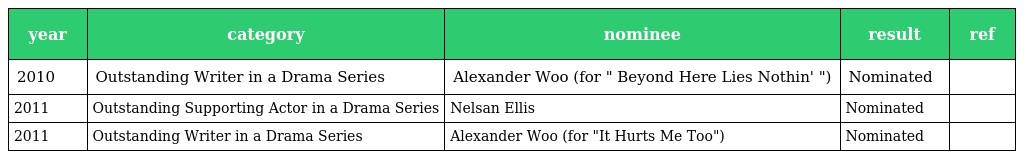
| year | category | nominee | result | ref |
 | --- | --- | --- | --- | --- |
 | 2010 | Outstanding Writer in a Drama Series | Alexander Woo (for " Beyond Here Lies Nothin' ") | Nominated |  |
 | 2011 | Outstanding Supporting Actor in a Drama Series | Nelsan Ellis | Nominated |  |
 | 2011 | Outstanding Writer in a Drama Series | Alexander Woo (for "It Hurts Me Too") | Nominated |  |